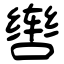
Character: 辔